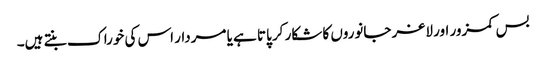
بس کمزور اور لاغر جانوروں کا شکار کر پاتا ہے یا مردار اس کی خوراک بنتے ہیں۔